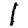
Digit: 1